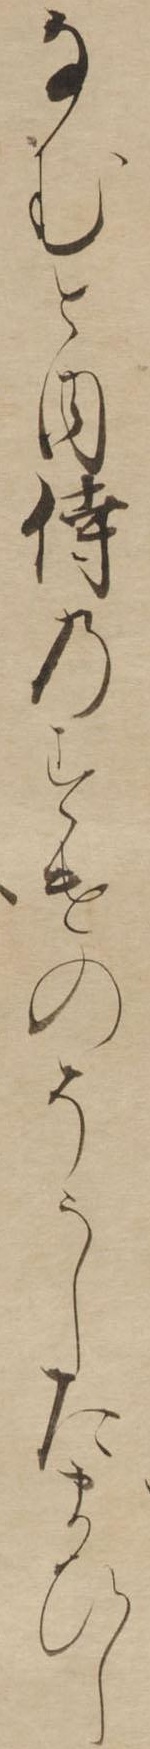
なむと内侍のすけのそうしたまひし